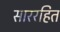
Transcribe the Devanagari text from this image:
साररहित